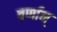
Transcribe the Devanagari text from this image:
वर्णान्